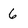
Character: 6